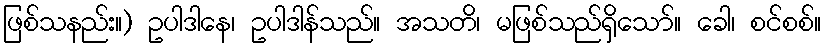
ဖြစ်သနည်း။) ဥပါဒါနေ၊ ဥပါဒါန်သည်။ အသတိ၊ မဖြစ်သည်ရှိသော်။ ခေါ၊ စင်စစ်။